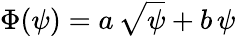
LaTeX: \Phi(\psi)=a\, \sqrt{\psi}+b\, \psi